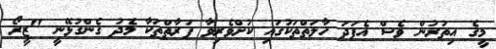
މީގެ އިތުރުން ވެސް އެފަދަ ހާލަތްތަކުގައި ކުށްވެރިވާ ފަރާތްތަކާ މެދު ގެންގުޅޭނީ "ޒީރޯ